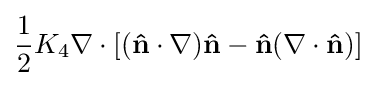
{\frac {1}{2}}K_{4}\nabla \cdot \left[(\mathbf {\hat {n}} \cdot \nabla )\mathbf {\hat {n}} -\mathbf {\mathbf {\hat {n}} } (\nabla \cdot \mathbf {\hat {n}} )\right]